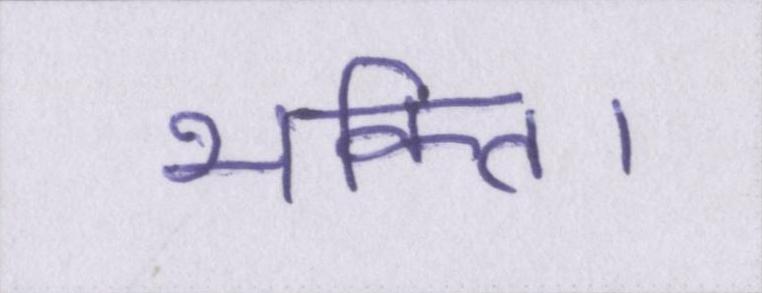
भक्ति।